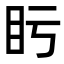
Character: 𥃳